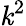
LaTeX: \mathit{k}^{2}